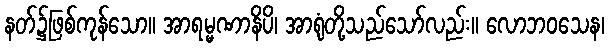
နတ်၌ဖြစ်ကုန်သော။ အာရမ္မဏာနိပိ၊ အာရုံတို့သည်သော်လည်း။ လောဘဝသေန၊